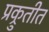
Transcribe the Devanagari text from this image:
प्रक्रुतीत